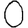
Digit: 0